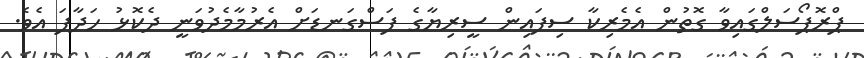
ޕްރޮޕޯސަލްގައިވާ ގޮތުން އެމެރިކާ ސިފައިން ސީރިޔާގެ ފަސްގަނޑަށް އެރުމާމެދުވަނީ ދެކޮޅު ހަދާފަ އެވެ.